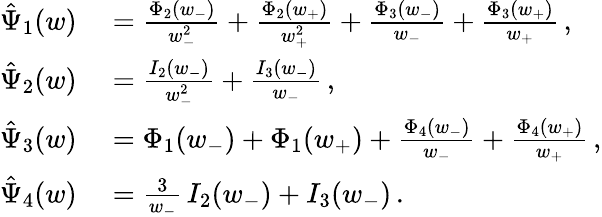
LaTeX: \begin{array}{rl}{\hat{\Psi}_{1}(w)}&{{}=\frac{\Phi_{2}(w_{-})}{w_{-}^{2}}+\frac{\Phi_{2}(w_{+})}{w_{+}^{2}}+\frac{\Phi_{3}(w_{-})}{w_{-}}+\frac{\Phi_{3}(w_{+})}{w_{+}}\, ,}\\ {\hat{\Psi}_{2}(w)}&{{}=\frac{I_{2}(w_{-})}{w_{-}^{2}}+\frac{I_{3}(w_{-})}{w_{-}}\, ,}\\ {\hat{\Psi}_{3}(w)}&{{}=\Phi_{1}(w_{-})+\Phi_{1}(w_{+})+\frac{\Phi_{4}(w_{-})}{w_{-}}+\frac{\Phi_{4}(w_{+})}{w_{+}}\, ,}\\ {\hat{\Psi}_{4}(w)}&{{}=\frac{3}{w_{-}}\, I_{2}(w_{-})+I_{3}(w_{-})\, .}\end{array}